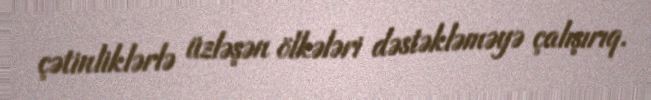
çətinliklərlə üzləşən ölkələri dəstəkləməyə çalışırıq.